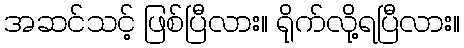
အဆင်သင့် ဖြစ်ပြီလား။ ရိုက်လို့ရပြီလား။